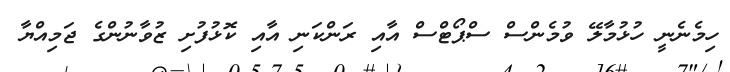
ހިމެނެނީ ހުޅުމާލޭ ވުމެންސް ސްޕޯޓްސް އާއި ރަންކަނި އާއި ކޮޅުފުށި ޒުވާނުންގެ ޖަމިއްޔާ